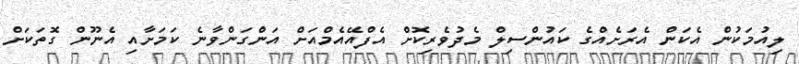
ލިއުމަކުން އެކަން އެރަށެއްގެ ކައުންސިލް މެދުވެރިކޮށް އެފްއޭއެމްއަށް އަންގަންވާނެ ކަމަށާއި އެނޫން ގޮތަކަށް